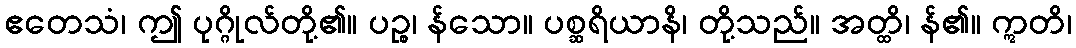
ဧတေသံ၊ ဤ ပုဂ္ဂိုလ်တို့၏။ ပဉ္စ၊ န်သော။ ပစ္ဆရိယာနိ၊ တို့သည်။ အတ္ထိ၊ န်၏။ ဣတိ၊